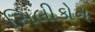
સિલીકોન